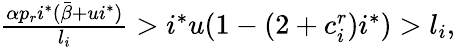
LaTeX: \begin{array}{r}{\frac{\alpha p_{r}i^{*}(\bar{\beta}+ui^{*})}{l_{i}}>i^{*}u(1-(2+c_{i}^{r})i^{*})>l_{i},}\end{array}